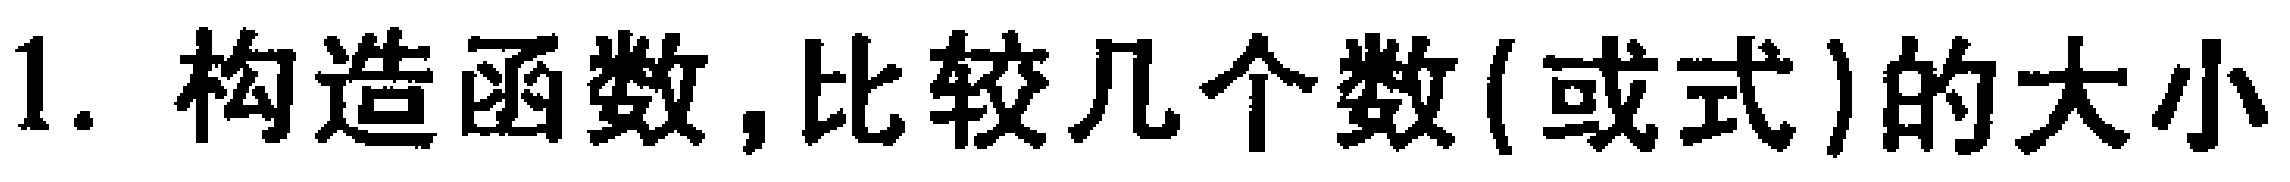
1. 构造函数,比较几个数(或式)的大小